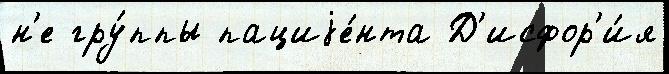
н'е гру́ппы пациjе́нта Д'исфор'и́я